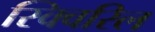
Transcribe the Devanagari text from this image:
स्क्विरिल